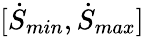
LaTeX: [\dot{S}_{min},\dot{S}_{max}]